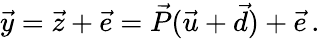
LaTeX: \begin{array}{r}{\vec{y}=\vec{z}+\vec{e}=\vec{P}(\vec{u}+\vec{d})+\vec{e}\, .}\end{array}